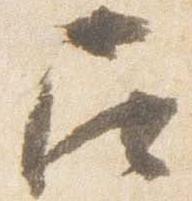
召